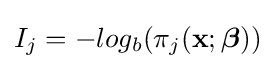
I_{j}=-log_{b}(\pi _{j}(\mathbf {x} ;{\boldsymbol {\beta }}))